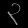
Digit: ၃